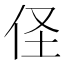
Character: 𮯻